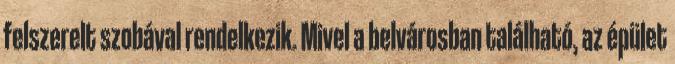
felszerelt szobával rendelkezik. Mivel a belvárosban található, az épület